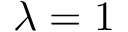
\lambda = 1